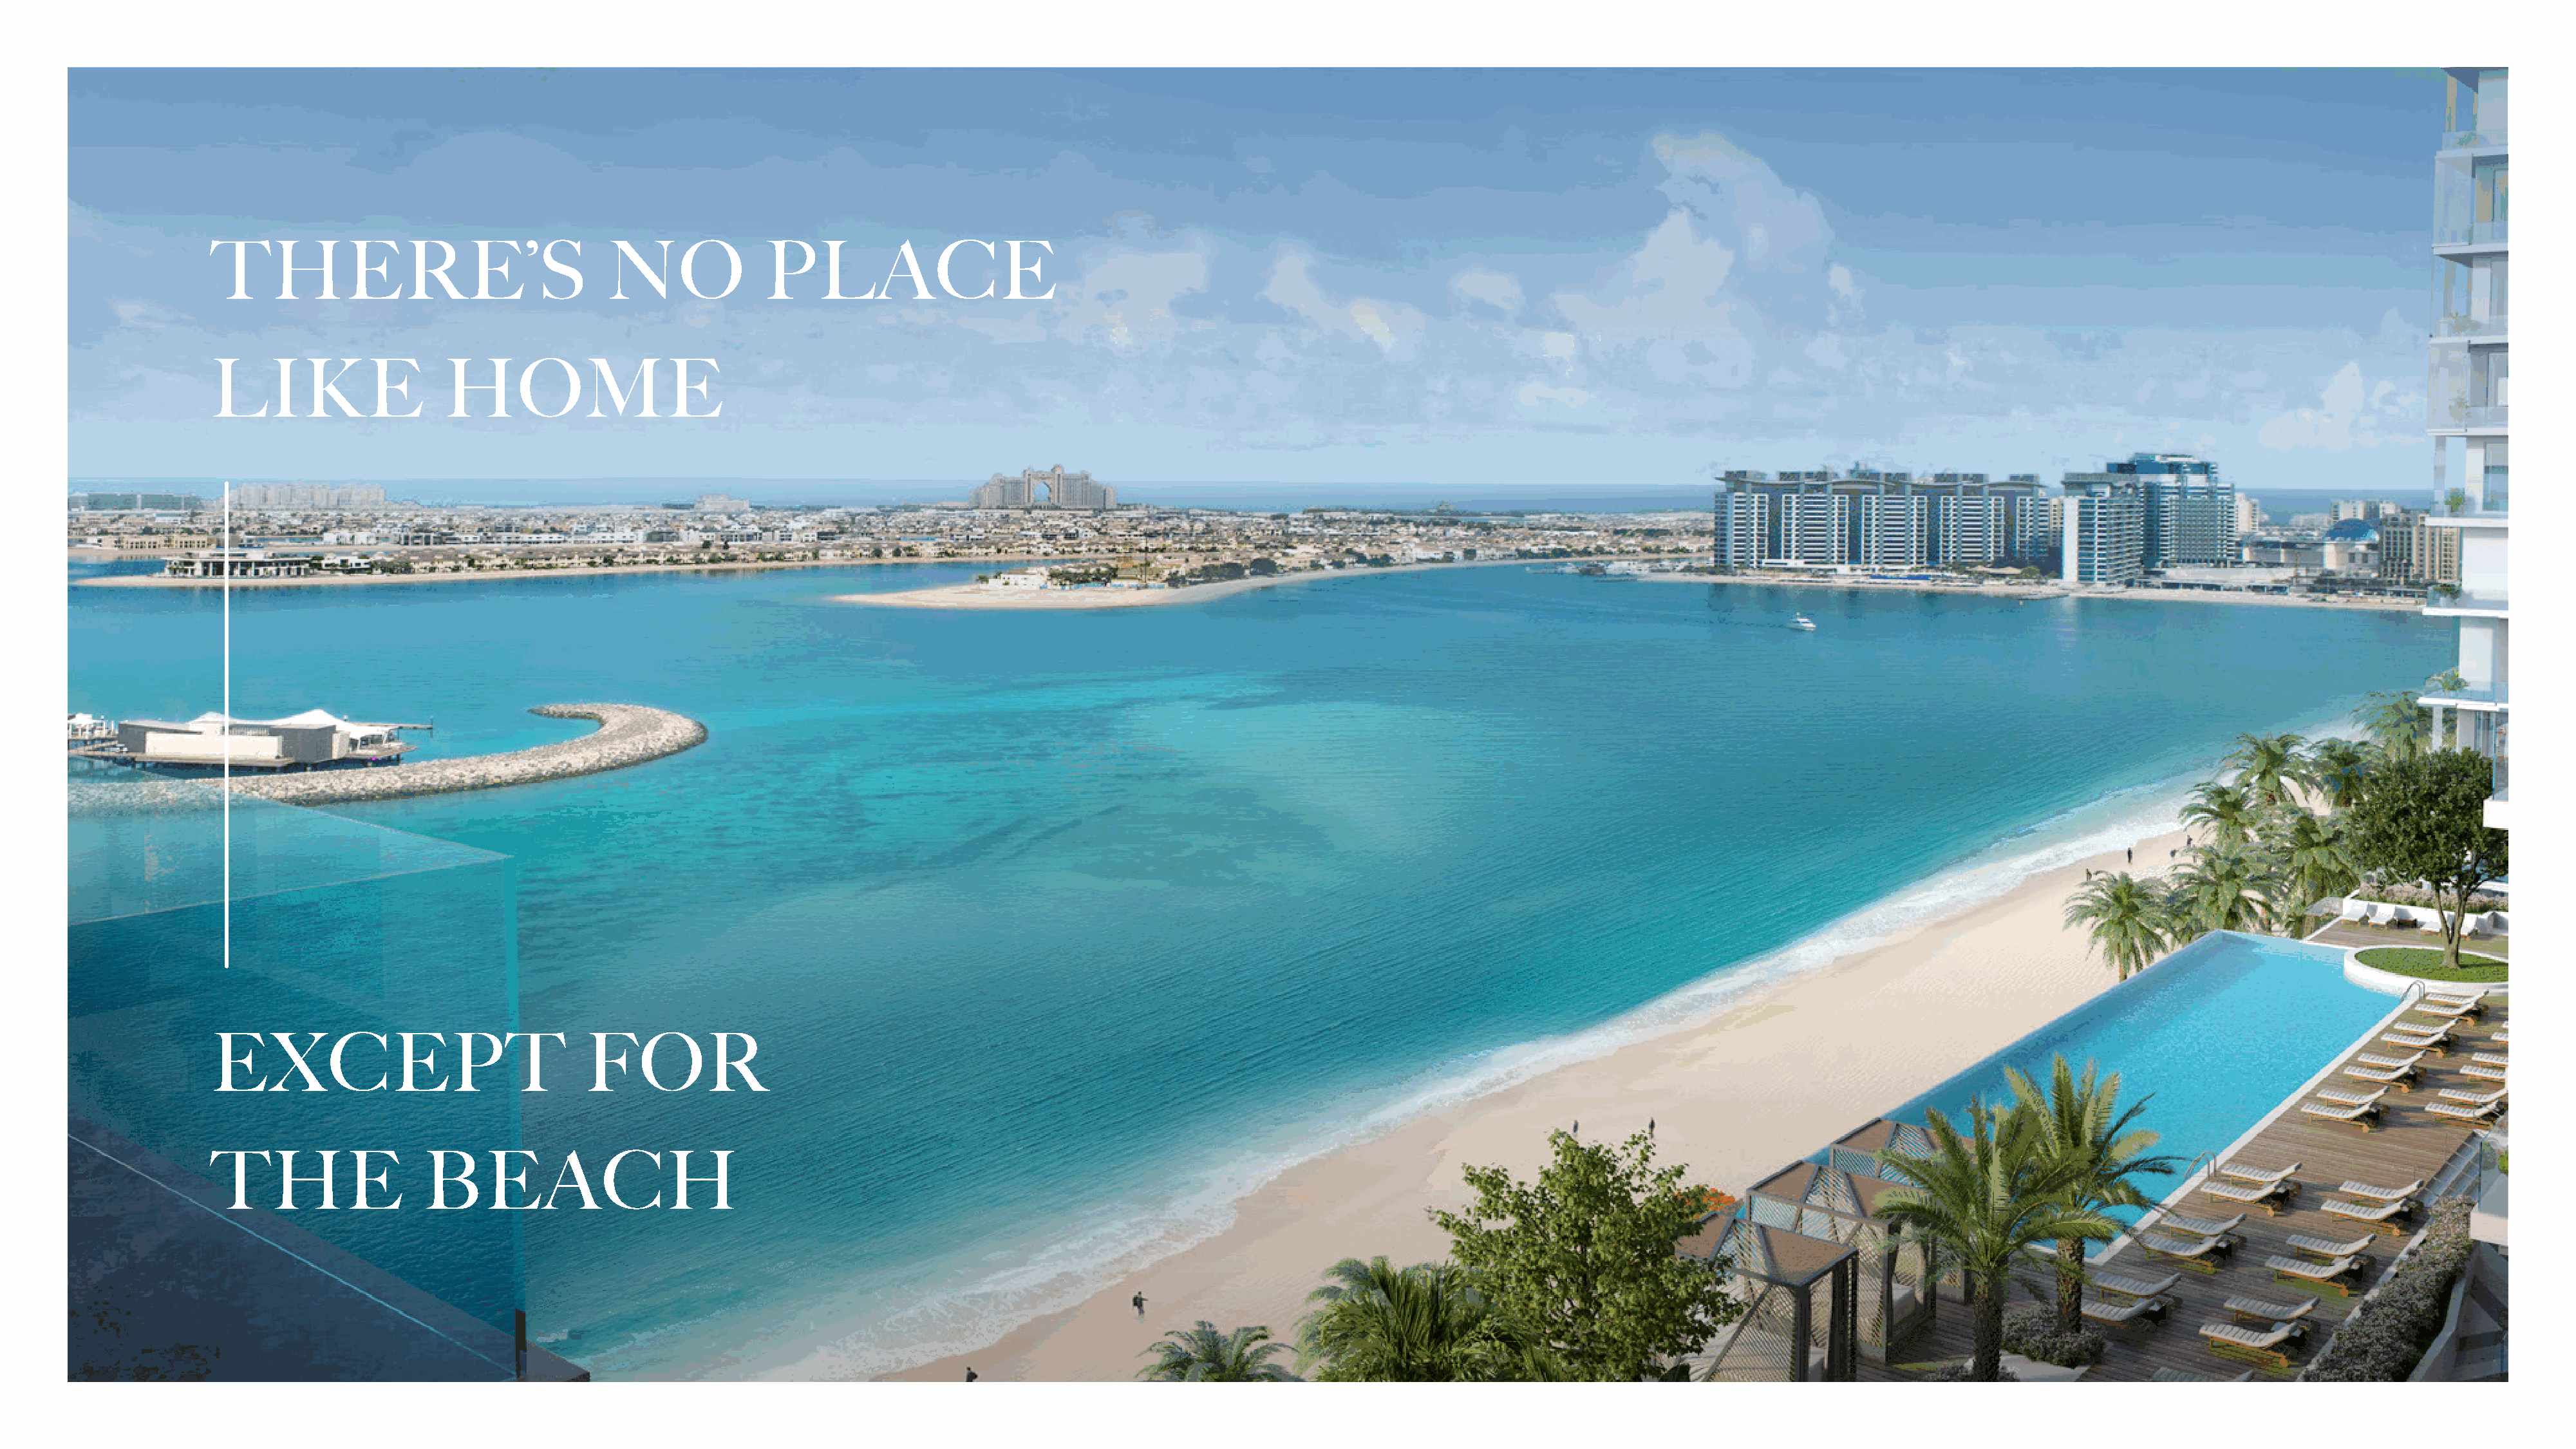
THERE’S                                 NO               PLACE
 LIKE                    HOME
 EXCEPT                                FOR
 THE                  BEACH